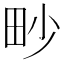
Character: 𤰬